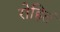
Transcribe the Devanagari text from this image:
रोहितं